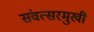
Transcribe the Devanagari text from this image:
संवत्सरमुखी